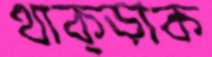
থাক্‌ড়াক